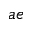
a e